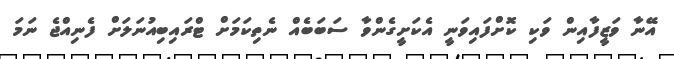
އޭނާ ވަޒީފާއިން ވަކި ކޮށްފައިވަނީ އެކަށީގެންވާ ސަބަބެއް ނެތިކަމަށް ޓްރައިބިއުނަލަށް ފެނިއްޖެ ނަމަ